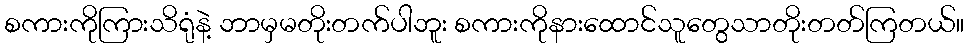
စကားကိုကြားသိရုံနဲ့ ဘာမှမတိုးတက်ပါဘူး စကားကိုနားထောင်သူတွေသာတိုးတတ်ကြတယ်။